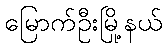
မြောက်ဦးမြို့နယ်